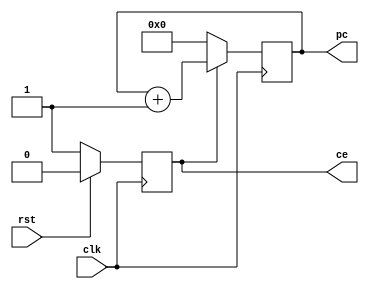
// This program was cloned from: https://github.com/lmxyy/Computer-Architecture-Task-2
// License: MIT License

module pc_reg(

	input	wire										clk,
	input wire										rst,
	
	output reg[5:0]			pc,
	output reg                    ce
	
);

	always @ (posedge clk) begin
		if (ce == 1'b0) begin
			pc <= 6'h00;
		end else begin
	 		pc <= pc + 1'b1;
		end
	end
	
	always @ (posedge clk) begin
		if (rst == 1'b1) begin
			ce <= 1'b0;
		end else begin
			ce <= 1'b1;
		end
	end

endmodule